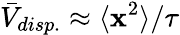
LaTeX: \bar{V}_{disp.}\approx\langle\textbf{x}^{2}\rangle/\tau